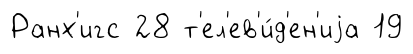
Ранх'игс 28 т'ел'ев'и́д'ен'иjа 19